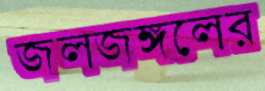
জলজঙ্গলের